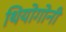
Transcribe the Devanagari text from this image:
थियोगोनी